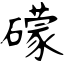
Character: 礞